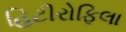
હિટીરોફિલા